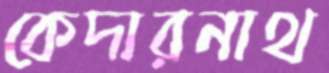
কেদারনাথ